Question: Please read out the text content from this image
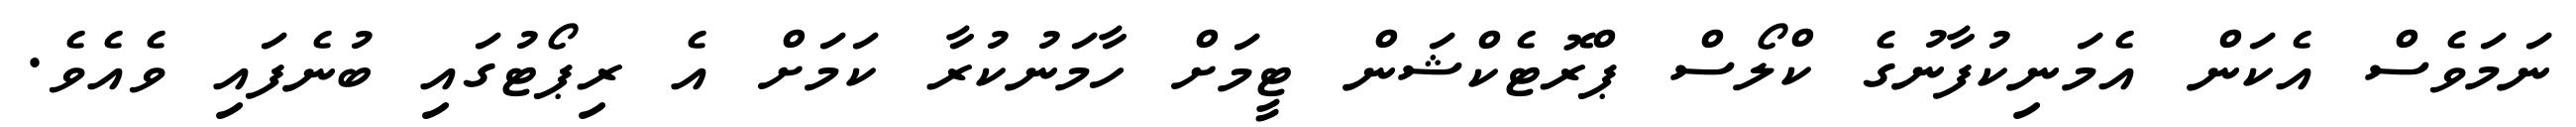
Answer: ނަމަވެސް އެކަން އެމަނިކުފާނުގެ ކްލޯސް ޕްރޮޓެކްޝަން ޓީމަށް ހާމަނުކުރާ ކަމަށް އެ ރިޕޯޓުގައި ބުނެފައި ވެއެވެ.